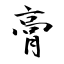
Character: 膏